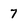
Character: 7